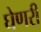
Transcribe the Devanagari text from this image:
घेणरी